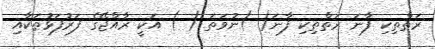
ރަތްތިކި ފާނަ ރަތްތިކި ފާނަ( )ނުވަތަ ( ) އަކީ ރާއްޖޭގެ ފަރުފަޅުތަކާއި